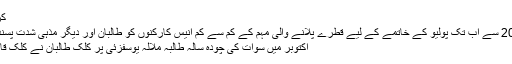
کردار کشی کی مہم
"جولائی سنہ 2012 سے اب تک پولیو کے خاتمے کے لیے قطرے پلانے والی مہم کے کم سے کم انیس کارکنوں کو طالبان اور دیگر مذہی شدت پسندوں نے قتل کیا ہ"
اکتوبر میں سوات کی چودہ سالہ طالبہ ملالہ یوسفزئی پر کلِک طالبان نے کلِک قاتلانہ حملہ کیا تھا۔